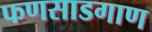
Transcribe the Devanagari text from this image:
फणसाडगाण